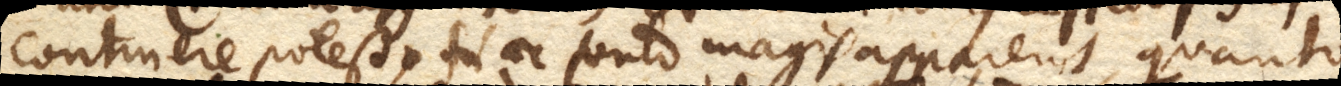
continere potest. Haec tanto magis apparent, quanto